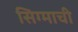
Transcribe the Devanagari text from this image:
सिग्माची